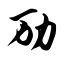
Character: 劢